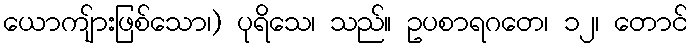
ယောကျ်ားဖြစ်သော၊) ပုရိသေ၊ သည်။ ဥပစာရဂတေ၊ ၁၂၊ တောင်